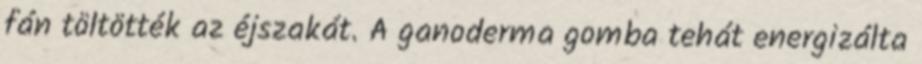
fán töltötték az éjszakát. A ganoderma gomba tehát energizálta